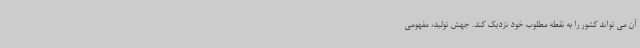
آن می تواند کشور را به نقطه مطلوب خود نزدیک کند. جهش تولید، مفهومی